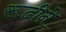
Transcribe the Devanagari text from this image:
रूढीने